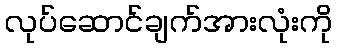
လုပ်ဆောင်ချက်အားလုံးကို